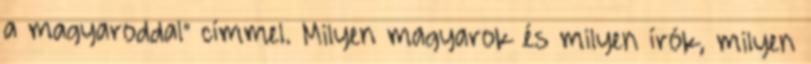
a magyaroddal” címmel. Milyen magyarok és milyen írók, milyen